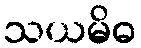
သယမိဓ